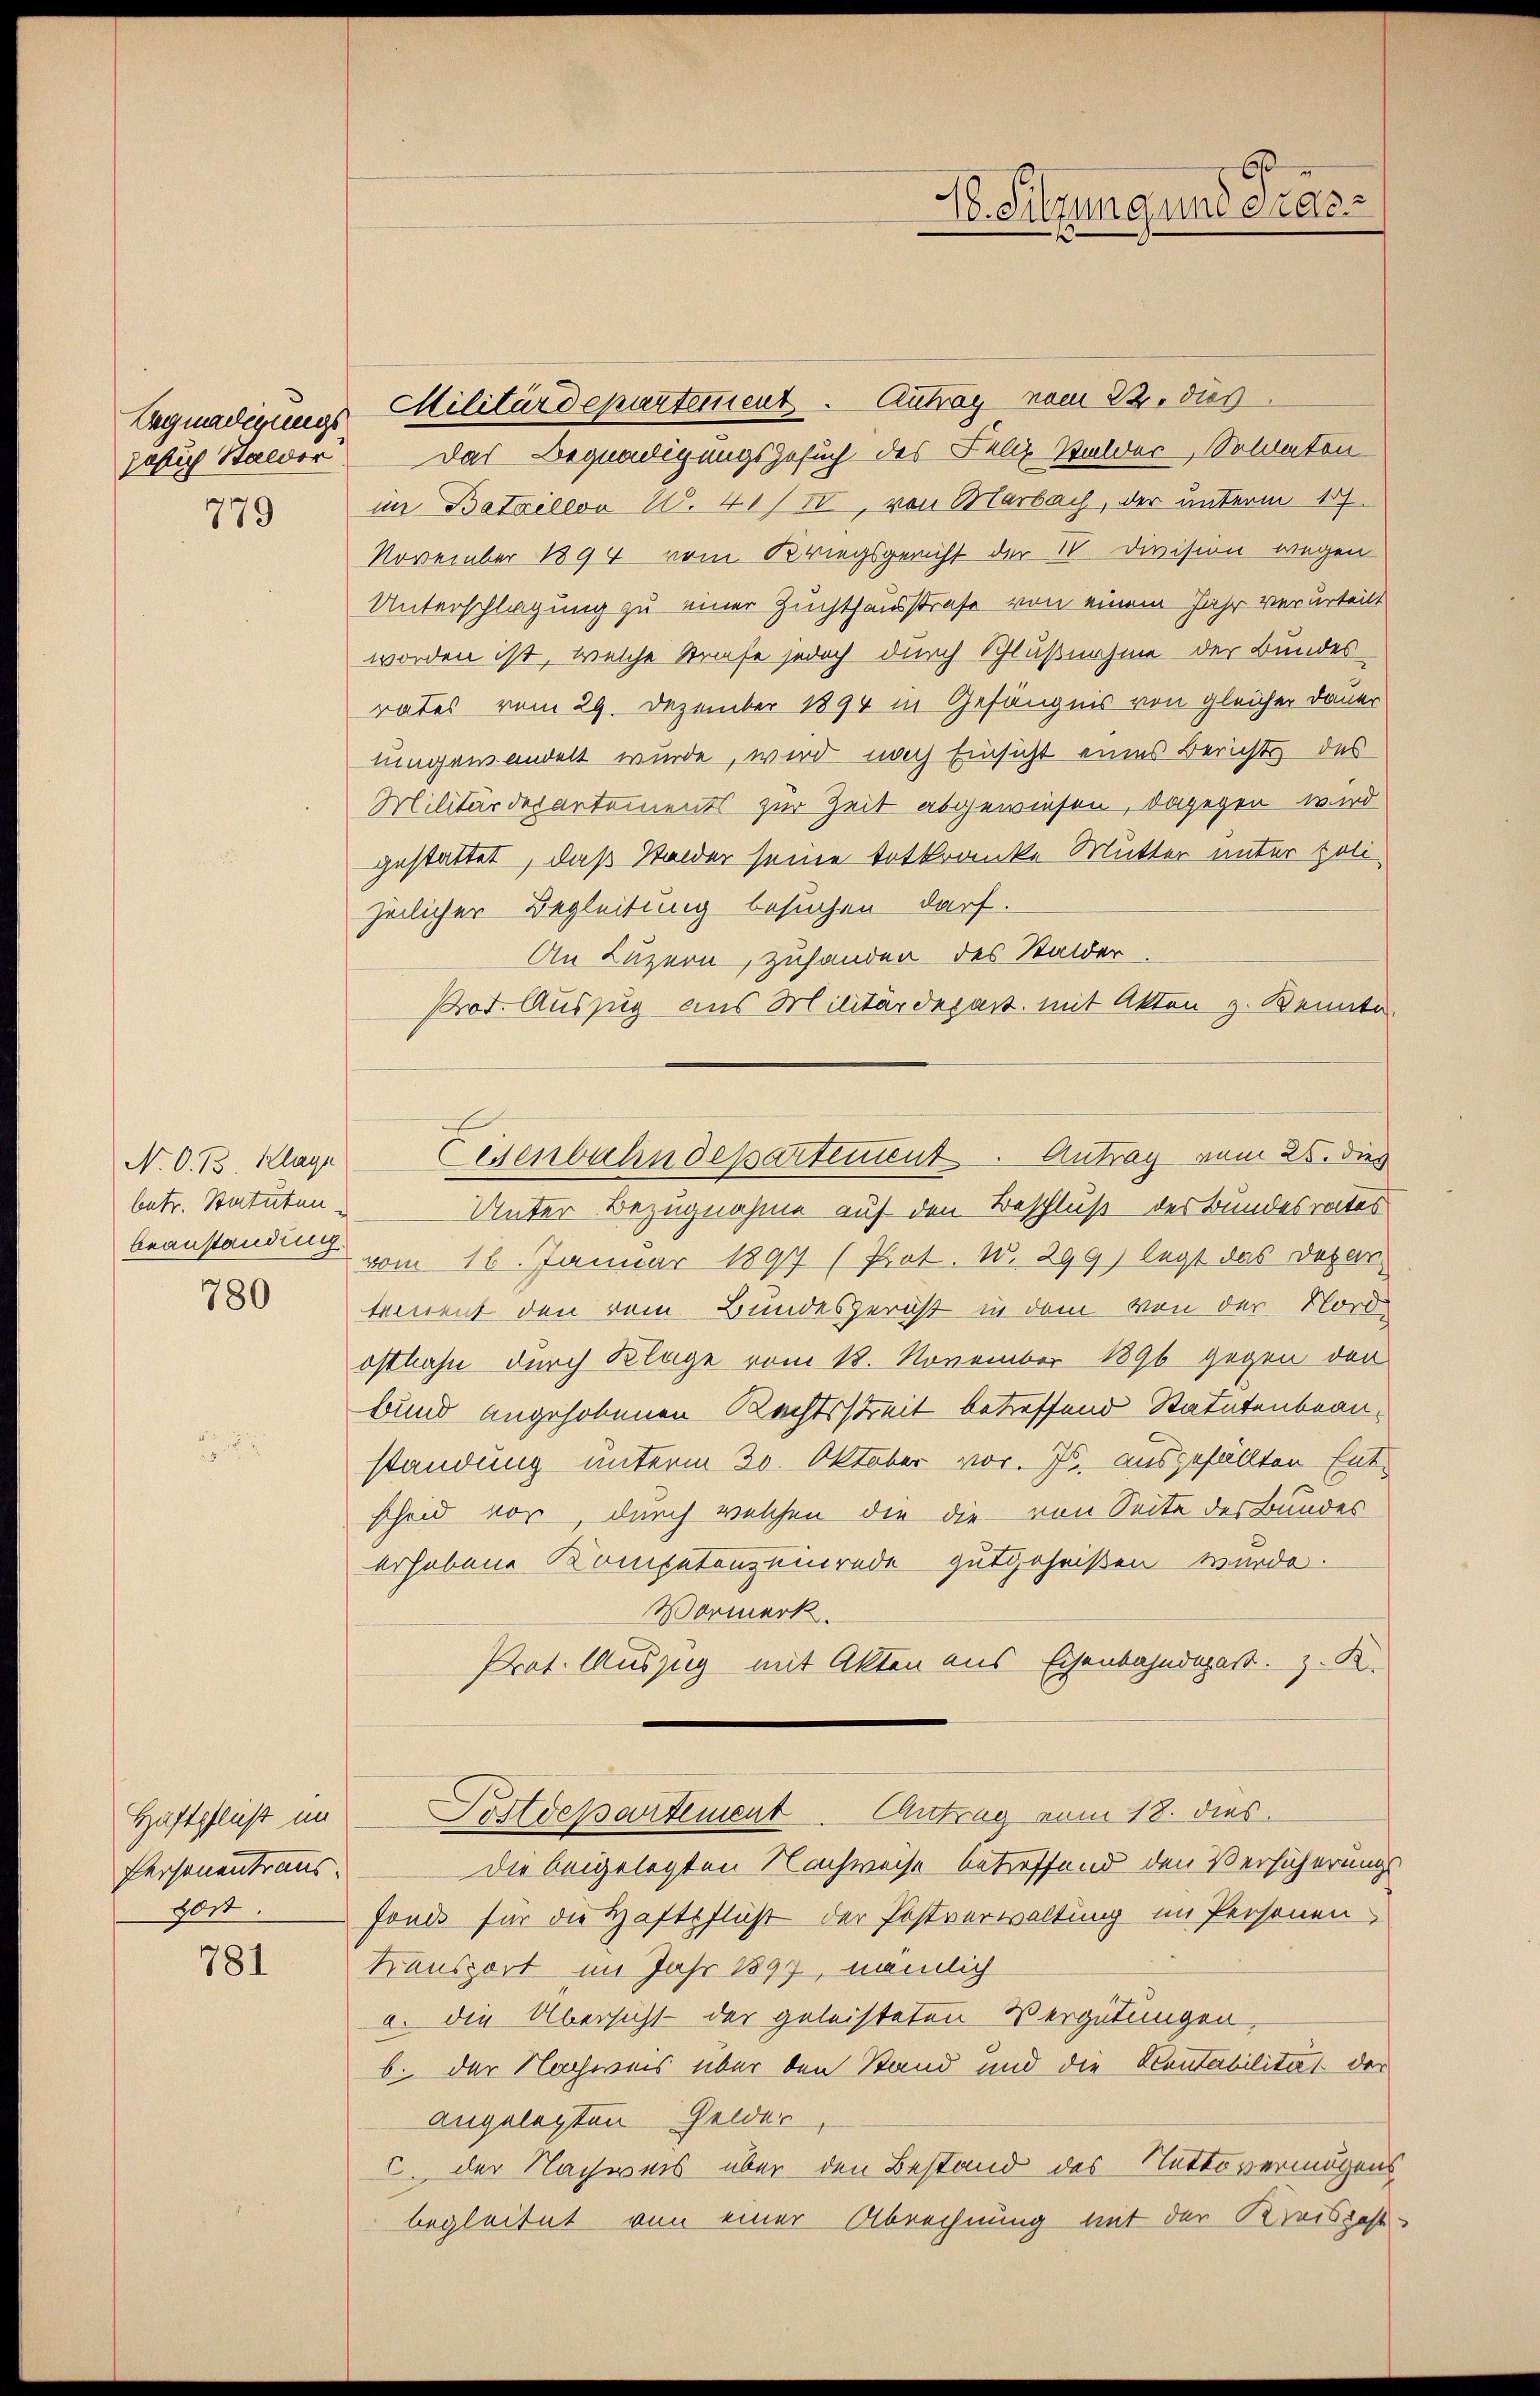
Begnadigungs
Jaflich Stalder

779

N. O. 13. Klage
betr. Statuten.
beanstandung

780

Haftpflicht im
Personentraus.
801

781

Militärdepartement. Antrag vom 22. dies
Das Begnadigungsgesuch des Felix Walder, Soldaten
im Bataillon N. 41/IV, von Marbach, der unterm 17.
November 1894 vom Kriegsgericht der K. Division wegen
Unterschlagung zu einer Zuchthausstrafe von einem Jahr verurteilt
worden ist, welche Strafe jedoch durch Schlußnahme der Bundes
rates vom 29. Dezember 1894 in Gefängnis von gleicher Dauer
eingewandelt wurde, wird nach Einsicht eines Berichts des
Militärdepartements zur Zeit abgewiesen, dagegen wird
gestattet, daß Stalder seine Entkranke Mutter unter polizeilicher Begleitung besuchen darf.
An Luzern, zuhanden des Stalder
Prot. Auszug aus Militärdepart mit Akten z. Kennte
Unter Bezugnahme auf den Beschluß des Bundesrates
vom 16. Januar 1897 (Prot. W. 299) legt das Dozen
temnent den vom Bundesgericht in dem von der Nord
ostbahn durch Klage vom 18. November 1896 gegen den
bund angehobenen Rechtsstreit betreffend Statutenbeanstandung unterm 20. Oktober vor. Js. ausgefällten Entscheid vor, durch welchen die die von Seite des Bundes
erhobene Kompetenzeinrede gutgeheißen wurde.
Vormerk.
Prot. Auszug mit Akten aus Eisenbahndepaßt. z. B.
Postdepartement Antrag vom 18. dies
Die beigelegten Nachweise betreffend den Versicherungs
Fonds für die Haftpfluß der Postverwaltung im Personen
Transport im Jahr 1897, nämlich
a. die Übersicht der geleisteten Vergütungen,
b. der Nachweis über den Stand und die Sontabilität der
angelegten Gelder
I. der Nachweis über den Bestand des Nettovermögens
begleitet von einer Abrechnung mit der Kreisgese¬

Eisenbahndepartement. Antrag vom 25. dies

H. Sitzung und Präse